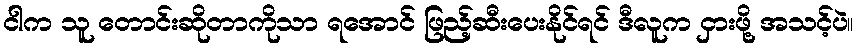
ငါက သူ တောင်းဆိုတာကိုသာ ရအောင် ဖြည့်ဆီးပေးနိုင်ရင် ဒီလူက ငှားဖို့ အသင့်ပဲ။